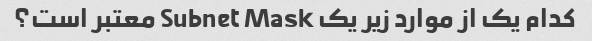
کدام یک از موارد زیر یک Subnet Mask معتبر است؟